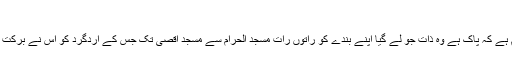
- آج کل
سورۂ بنی اسرائیل میں شبِ معراج کے بیان کا مفہوم ہے کہ پاک ہے وہ ذات جو لے گیا اپنے بندے کو راتوں رات مسجدِ الحرام سے مسجدِ اقصیٰ تک جس کے اردگرد کو اس نے برکت دی، تاکہ اسے اپنی قدرت کے کچھ نمونے دکھائے۔